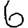
Digit: 6